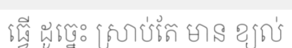
ធ្វើ ដូច្នេះ ស្រាប់តែ មាន ខ្យល់